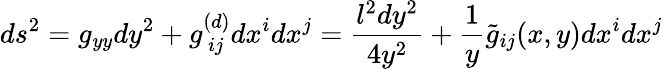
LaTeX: ds^{2}=g_{yy}dy^{2}+g_{\, ij}^{(d)}dx^{i}dx^{j}={\frac{l^{2}dy^{2}}{4y^{2}}}+{\frac{1}{y}}\tilde{g}_{ij}(x,y)dx^{i}dx^{j}\,